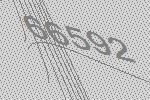
66592